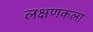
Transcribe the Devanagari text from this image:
लक्षणकला